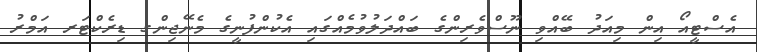
އެސްޓީއޯ އިން މިއަދު ބޭއްވި ނޫސްވެރިންގެ ބައްދަލުވުމެއްގައި އެކުންފުނީގެ މެނޭޖިންގ ޑިރެކްޓަރ އަމްރު